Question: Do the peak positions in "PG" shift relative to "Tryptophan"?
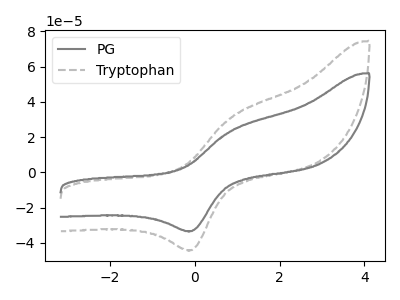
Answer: <think>The gray curve "PG" has an anodic peak at (0.85V, 23.70uA) and a cathodic peak at (-0.05V, -33.35uA). The gray dashed curve "Tryptophan" has an anodic peak at (0.85V, 31.40uA) and a cathodic peak at (-0.05V, -44.15uA).
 All the peaks in "PG" have a peak in "Tryptophan" at the same potential. Every peak in "PG" is lower than every peak in "Tryptophan".</think>
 <answer>No, "PG" and "Tryptophan" don't appear to be significantly different in shape</answer>
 <eval>no_change</eval>